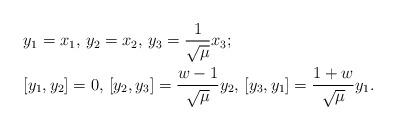
LaTeX: \begin{align*}&y_1=x_1, \, y_2=x_2, \, y_3=\frac{1}{\sqrt{\mu}}x_3;\\&[y_1,y_2]=0, \,[y_2,y_3]=\frac{w-1}{\sqrt{\mu}}y_2, \,[y_3,y_1]=\frac{1+w}{\sqrt{\mu}}y_1.\end{align*}